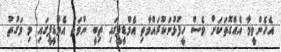
އެހެންވީމާ އެއްގޮތަކަށް ވެސް ހީފުޅުނުކުރައްވާތި އެމްޑީޕީގައި ތިބީ ނުވަތަ އެމްޑީޕީގައި މި ވަގުތު